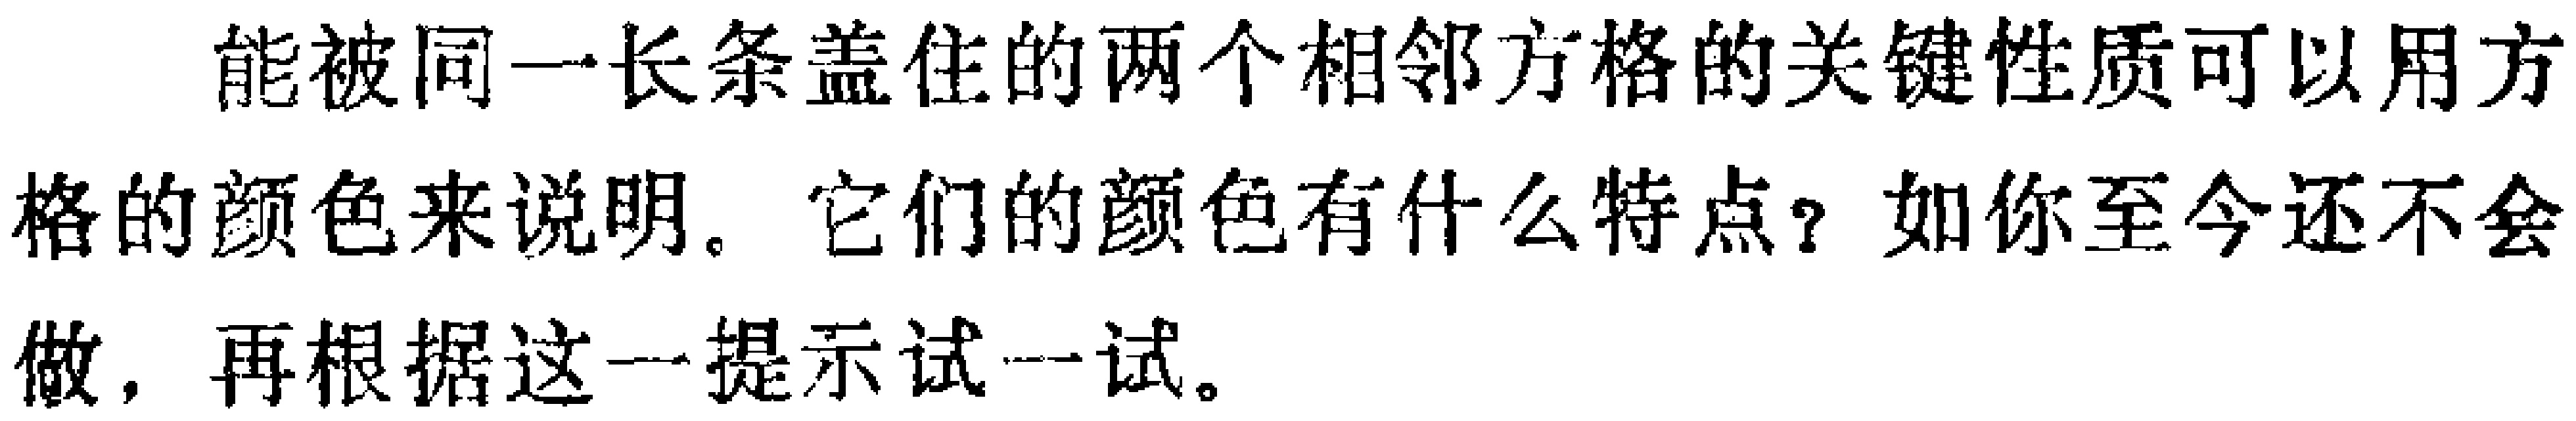
能被同一长条盖住的两个相邻方格的关键性质可以用方格的颜色来说明。它们的颜色有什么特点？如你至今还不会做，再根据这一提示试一试。